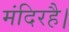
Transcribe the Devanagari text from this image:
मंदिरहै।